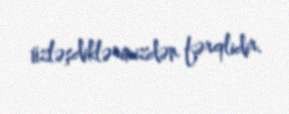
üzləşdiklərimizdən fərqlidir.